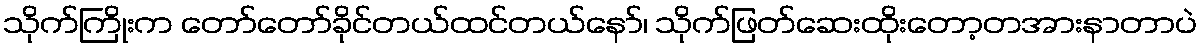
သိုက်ကြိုးက တော်တော်ခိုင်တယ်ထင်တယ်နော်၊ သိုက်ဖြတ်ဆေးထိုးတော့တအားနာတာပဲ